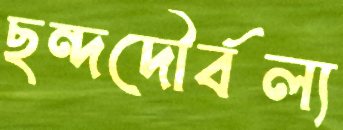
ছন্দদৌর্বল্য